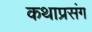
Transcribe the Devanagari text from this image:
कथाप्रसंग